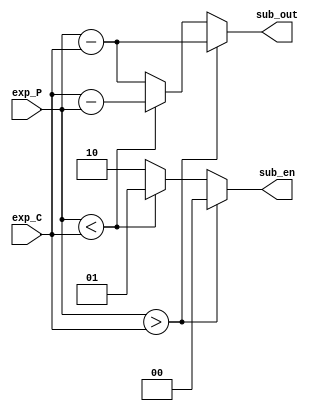
module sub (exp_P, exp_C, sub_out, sub_en);
    
    input [7:0] exp_P, exp_C;
    output reg [7:0] sub_out;
    output reg [1:0] sub_en;


    // assign sub_en = (exp_P > exp_C)? 1 : 0;
    // assign sub_out = (exp_P > exp_C)? exp_P - exp_C : exp_C - exp_P
    always @(exp_P or exp_C) begin
        if(exp_P > exp_C) begin
            sub_en = 2'b00;
            sub_out = exp_P - exp_C;
        end
        else if(exp_P < exp_C) begin
            sub_en = 2'b01;
            sub_out = exp_C - exp_P;
        end
        else begin
            sub_en = 2'b10;
            sub_out = exp_P - exp_C;
        end
    end

endmodule